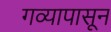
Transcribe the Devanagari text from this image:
गव्यापासून